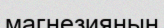
магнезияның